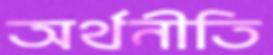
অর্থনীতি